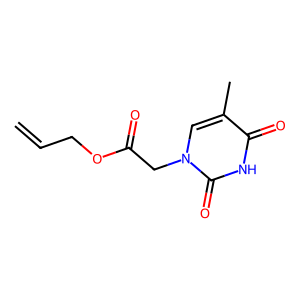
SMILES: C=CCOC(=O)Cn1cc(C)c(=O)[nH]c1=O
Inhibits HIV replication: No